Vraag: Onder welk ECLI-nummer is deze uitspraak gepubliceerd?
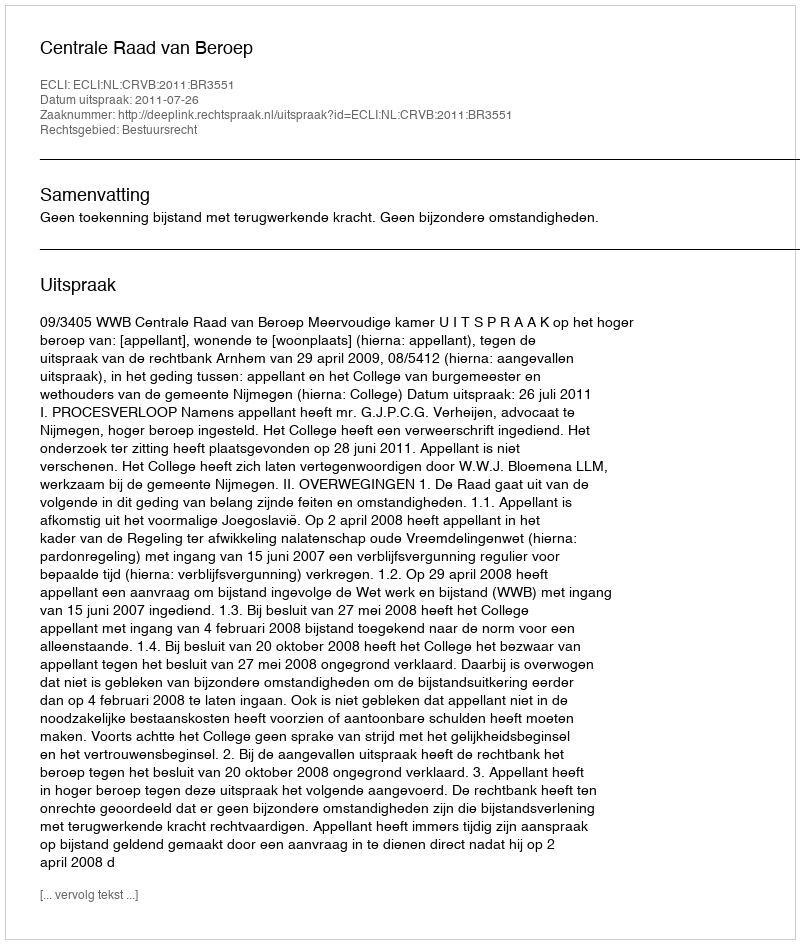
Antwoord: ECLI:NL:CRVB:2011:BR3551